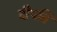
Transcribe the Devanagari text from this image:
दीपति